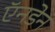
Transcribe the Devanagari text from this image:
ऍनडेन